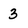
Character: 3